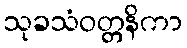
သုခသံဝတ္တနိကာ